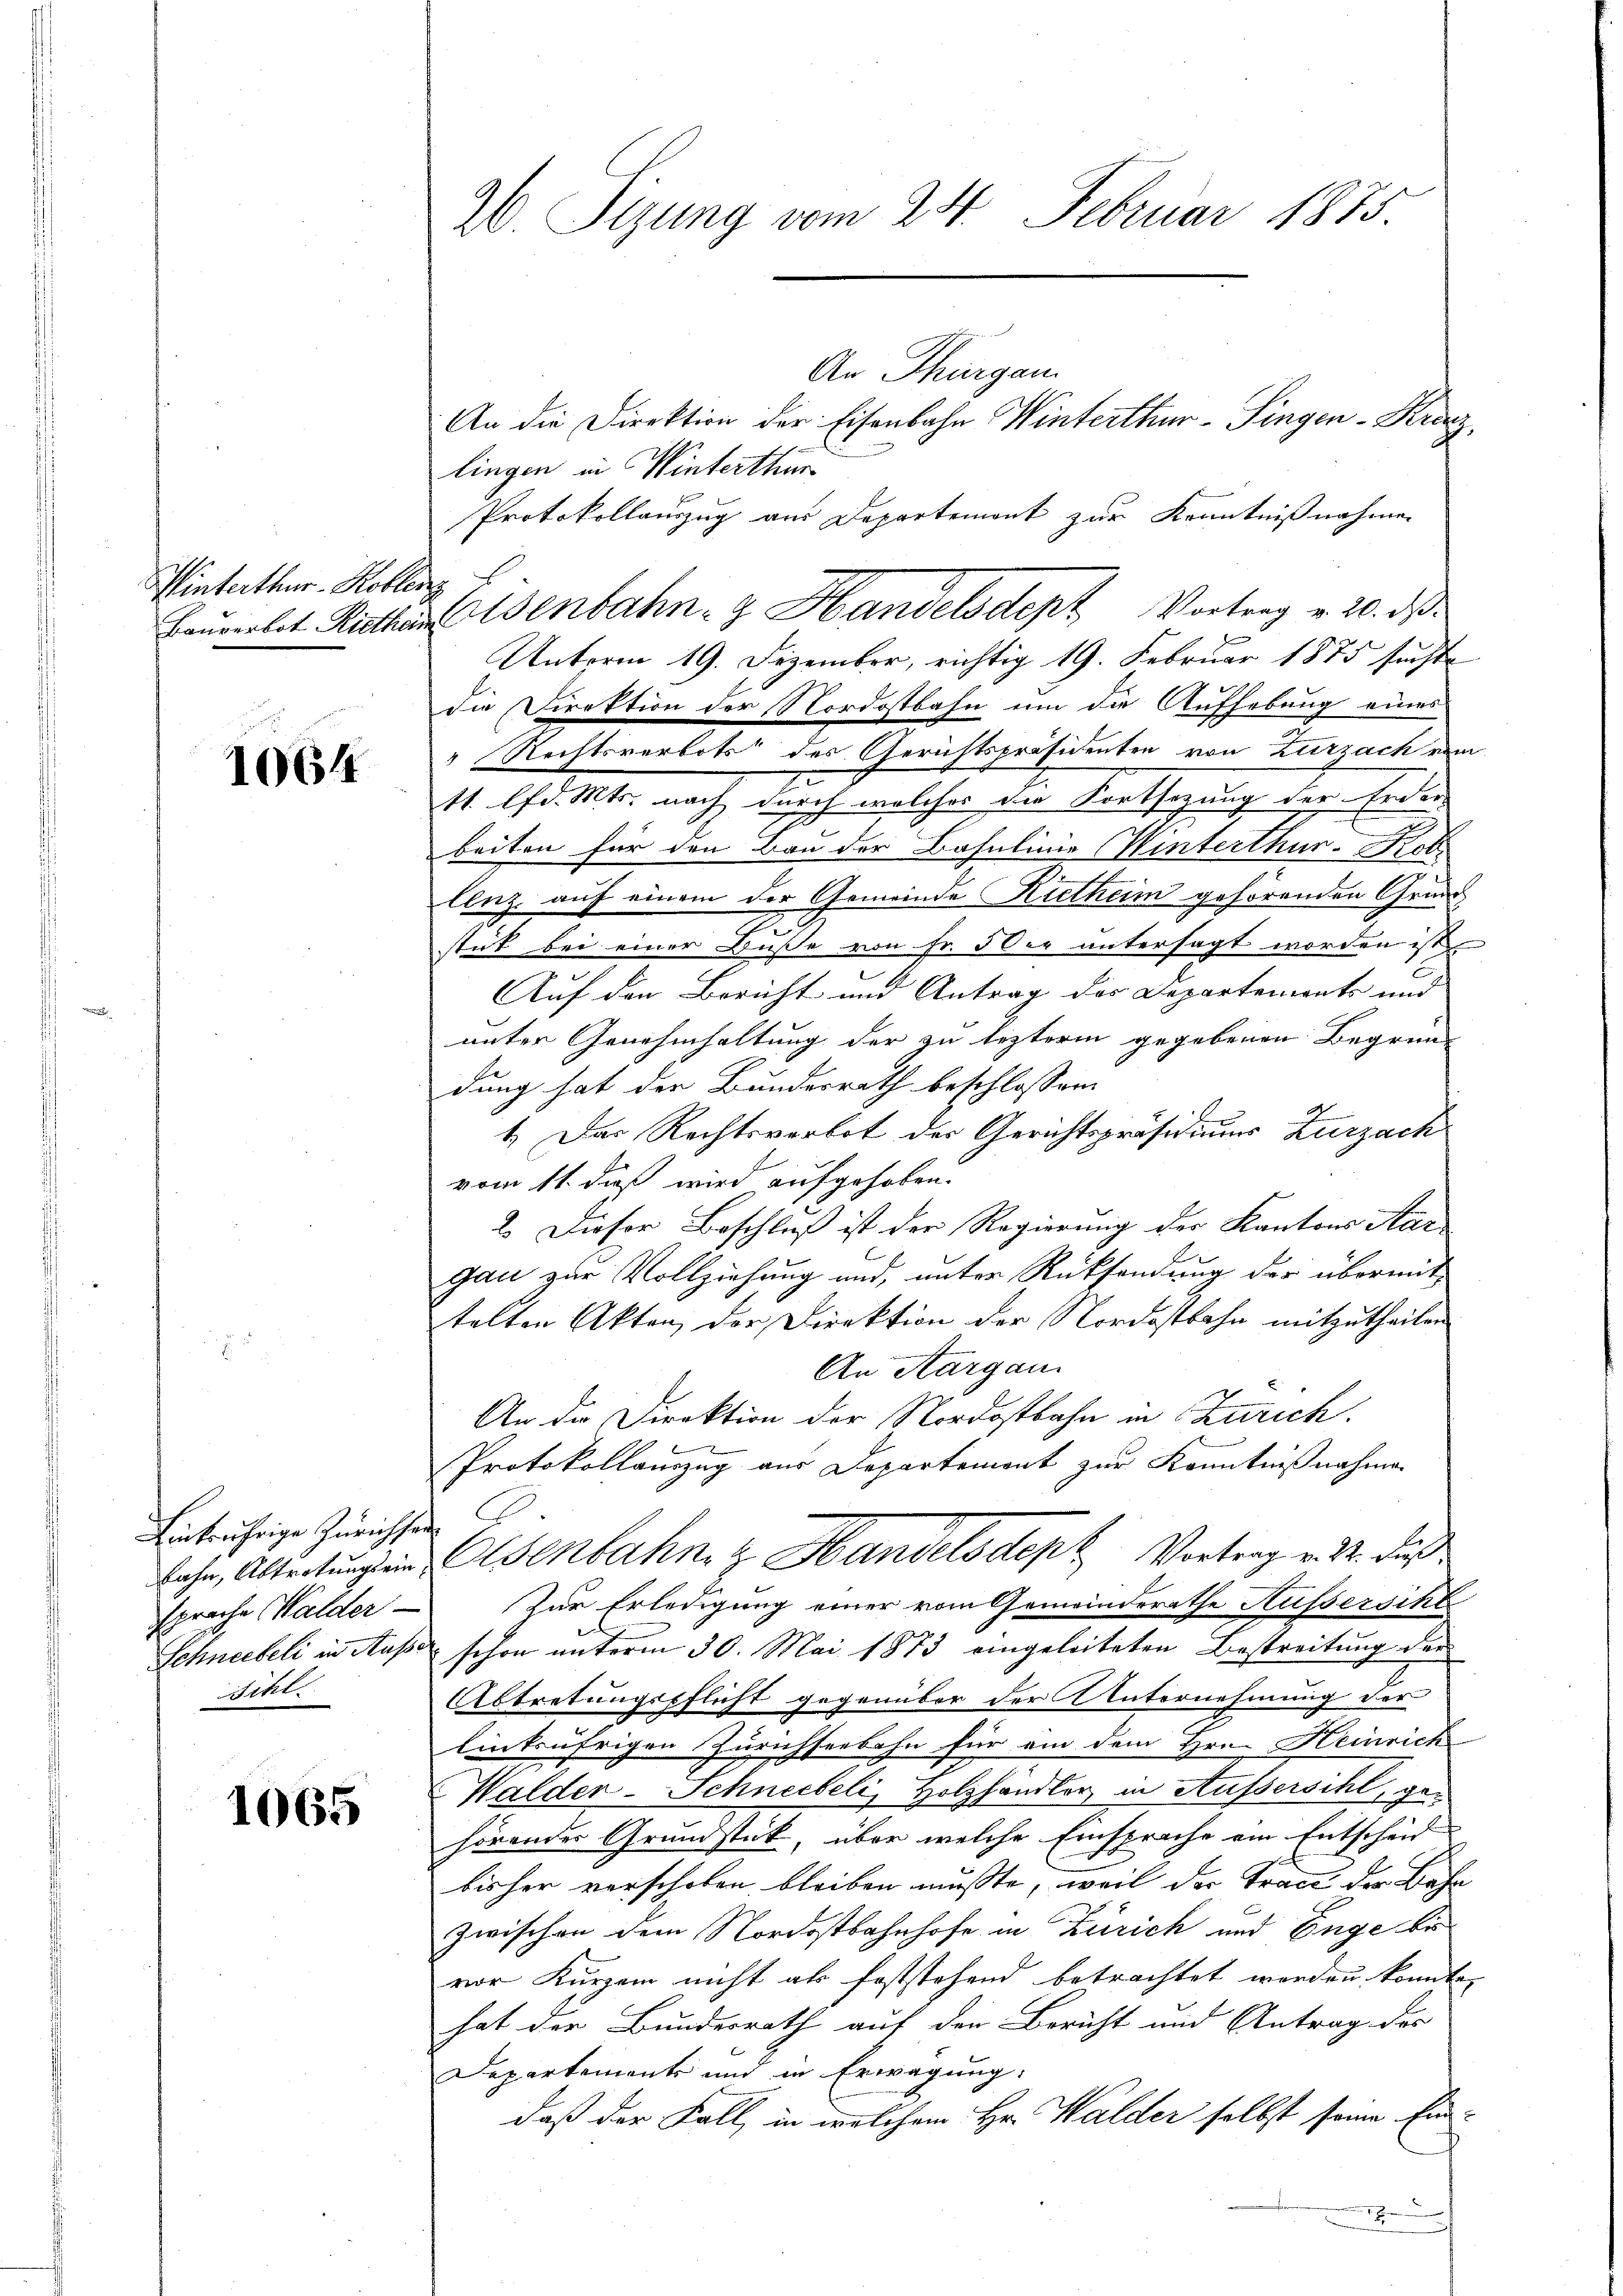
Winterthur–Kobler

1064

Eintrährige Zürichsen
sihl.

1065

lingen in Winterthur
Protokollauszug aus Departemont zur Kenntnißnahmen
die Direktion der Nordostbahn um die Aufhebung eines
" Rechtsverbots des Gerichtspräsidenten von Zurzach ein
11 lfd. Mts. nach durch welches die Fortsetzung der Erder
beiten für den Bau der Basulinie Winterthur. Kot
lenz, auf einem der Gemeinde Rietheim gehörenden Grade
stut bei einer Buße von Fr. 5 der untersagt worden ist
Auf den Bericht und Antrag des Departements und |
unter Genehmhaltung der zu lezterm gegebenen Begründung hat der Bundesrath beschlossen:
1.) Das Rechtsverbot der Gerichtspräsidiums Zurzach
vom 11. dieß wird aufgehoben.
2. Dieser Beschluß ist der Regierung der Kantons Aargau zur Vollziehung und, unter Rücksendung der übermittelten Akten der Direktion der Nordostbahn mitzutheilen
An Aargau.
An der Direktion der Nordostbahn in Zürich.
x
b
Protokollauszug aus Departement zur Kenntnißnahmen
bahn, Abtretŭng ein Eisenbahn & Handelsden Vortrag v. M. daß
sprache Walder Zur Erledigung einer vom Gemeinderathe Aussersihl
Schneebeli in Ausser schon unterm 30. Mai 1873 eingeleiteten Bestreitung der
Abtretungspflicht gegenüber der Unternehmung der
einkufrigen Zürichserbahn für ein dem Hrn. Heinrich
Walden-Schneebeli, Holzhandler in Aussersihl, gehörendes Grundstück, über welche Einsprache ein Entscheid
bisher verschoben bleiben musste, weil der Tran der Bahn
zwischen dem Nordostbahnhofe in Zürich und Enge be
vor Kurzem nicht als feststehend betrachtet worden konnte,
hat der Bundesrath auf den Bericht und Antrag des
Departements und in Erwägung:
daß der Fall, in welchem Hr. Walder selbst seine Ein-
1

26. Sizung vom 24. Februar 1885.
An Thurgau.
An die Direktion der Eisenbahn Winterthur–Singen-Kranz¬

Baŭverbet Rathen Adenbahn- & Handelsdept Vortrag v. 20. ds
Unterm 19. Dezember, richtig 19. Februar 1875 suchte